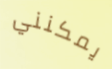
يمكنني